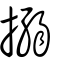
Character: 搦